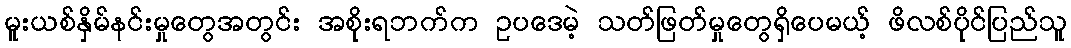
မူးယစ်နှိမ်နင်းမှုတွေအတွင်း အစိုးရဘက်က ဥပဒေမဲ့ သတ်ဖြတ်မှုတွေရှိပေမယ့် ဖိလစ်ပိုင်ပြည်သူ